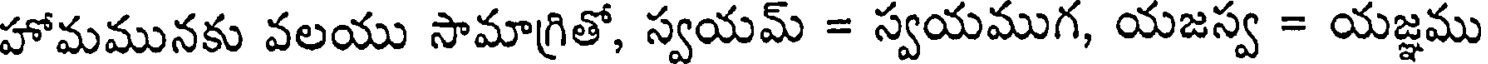
హోమమునకు వలయు సామాగ్రితో, స్వయమ్ = స్వయముగ, యజస్వ = యజ్ఞము